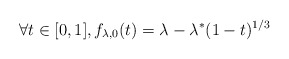
\begin{align*} \forall t \in [0,1], f_{\lambda,0}(t) =\lambda - \lambda^*(1-t)^{1/3}\end{align*}